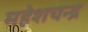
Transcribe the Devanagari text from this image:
महेशचन्द्र